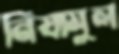
নিযামুল